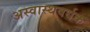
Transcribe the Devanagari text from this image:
अस्वास्थवर्धक